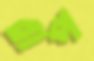
রাপ